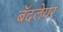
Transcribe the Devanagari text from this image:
बॅदलेयर